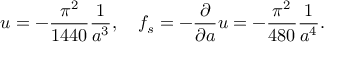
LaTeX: u = - { \frac { \pi ^ { 2 } } { 1 4 4 0 } } { \frac { 1 } { a ^ { 3 } } } , \quad f _ { s } = - { \frac { \partial } { \partial a } } u = - { \frac { \pi ^ { 2 } } { 4 8 0 } } { \frac { 1 } { a ^ { 4 } } } .